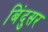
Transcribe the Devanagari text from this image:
बिंदुसर